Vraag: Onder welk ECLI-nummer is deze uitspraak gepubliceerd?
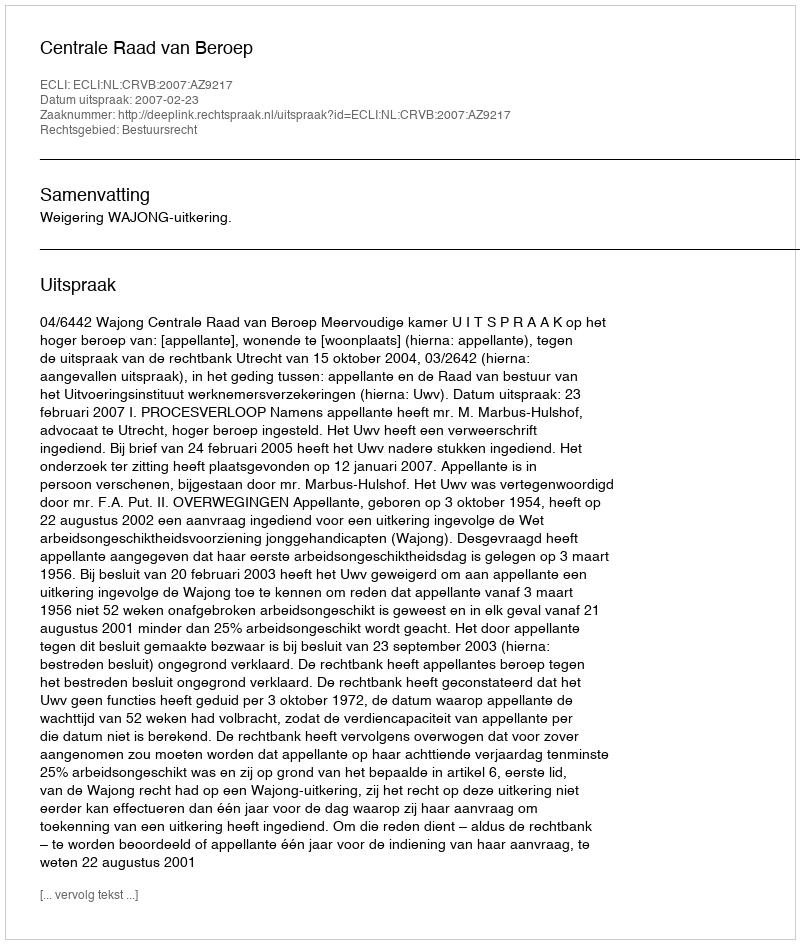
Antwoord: ECLI:NL:CRVB:2007:AZ9217